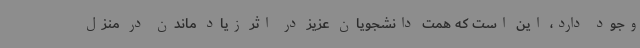
وجود دارد، این است که همت دانشجویان عزیز در اثر زیاد ماندن در منزل